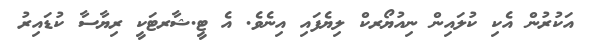
އަކުރުން އެކި ކުލައިން ނިއުޔޯރކް ލިޔެފައި އިނެވެ. އެ ޓީ.ޝާރޓަކީ ރިޔާސާ ކުޑައިރު